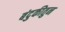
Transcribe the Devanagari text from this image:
बंदुकीतुन